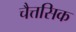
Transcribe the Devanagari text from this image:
चैत्तसिक